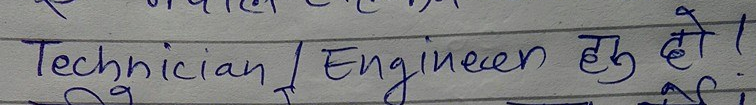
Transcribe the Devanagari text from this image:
Technician / Engineer हु हो !